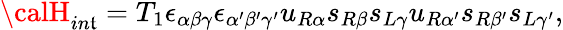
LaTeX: {\calH}_{in\mathfrak{t}}=T_{1}\epsilon_{\alpha\beta\gamma}\epsilon_{\alpha^{\prime}\beta^{\prime}\gamma^{\prime}}u_{R\alpha}s_{R\beta}s_{L\gamma}u_{R\alpha^{\prime}}s_{R\beta^{\prime}}s_{L\gamma^{\prime}},